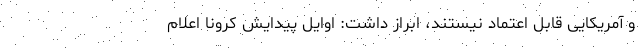
و آمریکایی قابل اعتماد نیستند، ابراز داشت: اوایل پیدایش کرونا اعلام